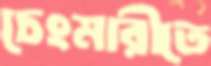
চেংমারীতে